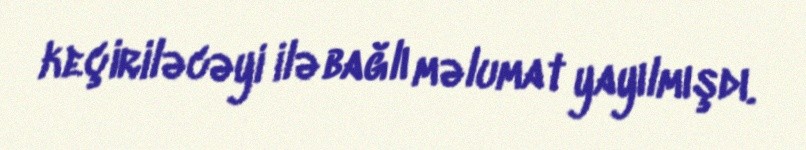
keçiriləcəyi ilə bağlı məlumat yayılmışdı.